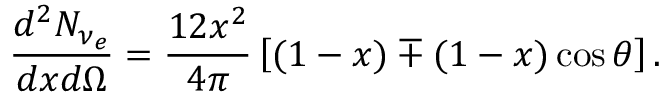
\frac { d ^ { 2 } N _ { \nu _ { e } } } { d x d \Omega } = \frac { 1 2 x ^ { 2 } } { 4 \pi } \left[ ( 1 - x ) \mp ( 1 - x ) \cos \theta \right] .